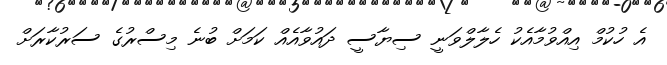
އެ ހުކުމް އިއްވުމާއެކު ހެލާލްވަނީ ސިޔާސީ ދައުވާއެއް ކަމަށް ބުނެ މިސްރުގެ ސަރުކާރަށް